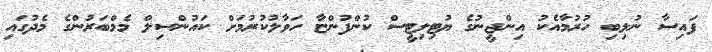
ފައިސާ ނުލިބި ހުރުމާއެކު އިންޖީނުގެ ޔުޓިލިޓީސް ކުންފުންޏާ ހަވާލުކުރުމަށް ކައުންސިލް މެމްބަރުންގެ މެދުގައި